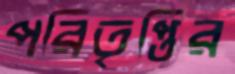
পরিতৃপ্তির